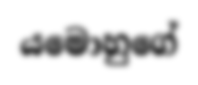
යමොහුගේ